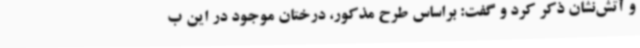
و آتش‌نشان ذکر کرد و گفت: براساس طرح مذکور، درختان موجود در این ب